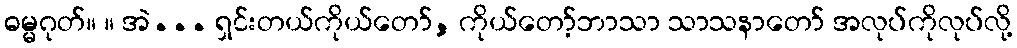
ဓမ္မဂုတ်။ ။ အဲ... ရှင်းတယ်ကိုယ်တော်, ကိုယ်တော့်ဘာသာ သာသနာတော် အလုပ်ကိုလုပ်လို့